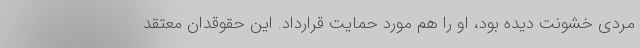
مردی خشونت دیده بود، او را هم مورد حمایت قرارداد. این حقوقدان معتقد